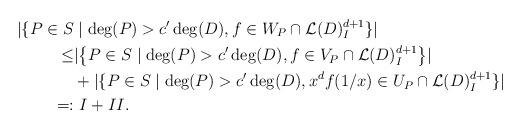
LaTeX: \begin{align*} \lvert \{ P \in S & \mid \deg(P) > c'\deg(D), f \in W_P \cap \mathcal{L}(D)_I^{d+1}\} \rvert \\ \leq &\lvert \left\{ P \in S \mid \deg(P) > c'\deg(D), f \in V_P\cap \mathcal{L}(D)_I^{d+1}\right\} \rvert \\ &+ \lvert \{ P \in S \mid \deg(P) > c'\deg(D), x^d f(1/x) \in U_P\cap \mathcal{L}(D)_I^{d+1}\} \rvert \\ =:& \ I + II.\end{align*}